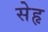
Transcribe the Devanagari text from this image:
सेहृ